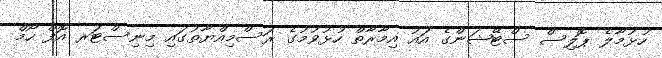
ހުޅުމާލެ ޕޮލިސް ސްޓޭޝަންގެ އައު އިމާރާތް ހުޅުވުމުގެ ރަސްމިއްޔާތުގައި މިނިސްޓަރ އޮފް ހޯމް